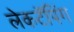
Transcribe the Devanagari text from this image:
लेकटॅपिंग